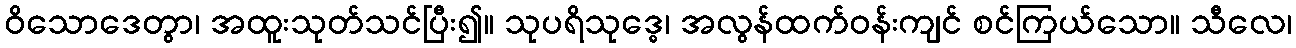
ဝိသောဒေတွာ၊ အထူးသုတ်သင်ပြီး၍။ သုပရိသုဒ္ဓေ၊ အလွန်ထက်ဝန်းကျင် စင်ကြယ်သော။ သီလေ၊